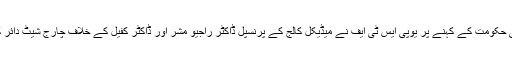
ریاستی حکومت کے کہنے پر یوپی ایس ٹی ایف نے میڈیکل کالج کے پرنسپل ڈاکٹر راجیو مشر اور ڈاکٹر کفیل کے خلاف چارج شیٹ دائر کیا تھا۔